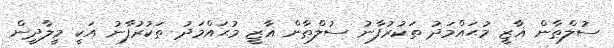
ސުލްޠާން ޣާޒީ މުޙައްމަދު ތަކުރުފާނު ސުލްޠާން ޣާޒީ މުޙައްމަދު ތަކުރުފާނު އަކީ މީލާދީން